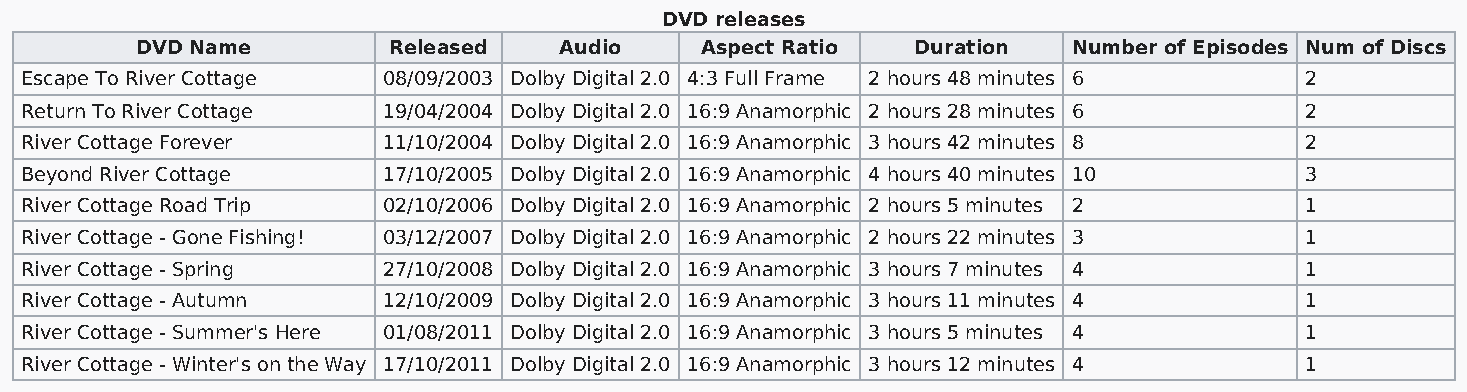
DVD releases
 DVD Name         Released   Audio    Aspect Ratio   Duration  Number of Episodes Num of Discs
 Escape To River Cottage 08/09/2003 Dolby Digital 2.0 4:3 Full Frame 2 hours 48 minutes 6 2
 Return To River Cottage 19/04/2004 Dolby Digital 2.0 16:9 Anamorphic 2 hours 28 minutes 6 2
 River Cottage Forever   11/10/2004 Dolby Digital 2.0 16:9 Anamorphic 3 hours 42 minutes 8 2
 Beyond River Cottage    17/10/2005 Dolby Digital 2.0 16:9 Anamorphic 4 hours 40 minutes 10 3
 River Cottage Road Trip 02/10/2006 Dolby Digital 2.0 16:9 Anamorphic 2 hours 5 minutes 2 1
 River Cottage - Gone Fishing! 03/12/2007 Dolby Digital 2.0 16:9 Anamorphic 2 hours 22 minutes 3 1
 River Cottage - Spring  27/10/2008 Dolby Digital 2.0 16:9 Anamorphic 3 hours 7 minutes 4 1
 River Cottage - Autumn  12/10/2009 Dolby Digital 2.0 16:9 Anamorphic 3 hours 11 minutes 4 1
 River Cottage - Summer's Here 01/08/2011 Dolby Digital 2.0 16:9 Anamorphic 3 hours 5 minutes 4 1
 River Cottage - Winter's on the Way 17/10/2011 Dolby Digital 2.0 16:9 Anamorphic 3 hours 12 minutes 4 1